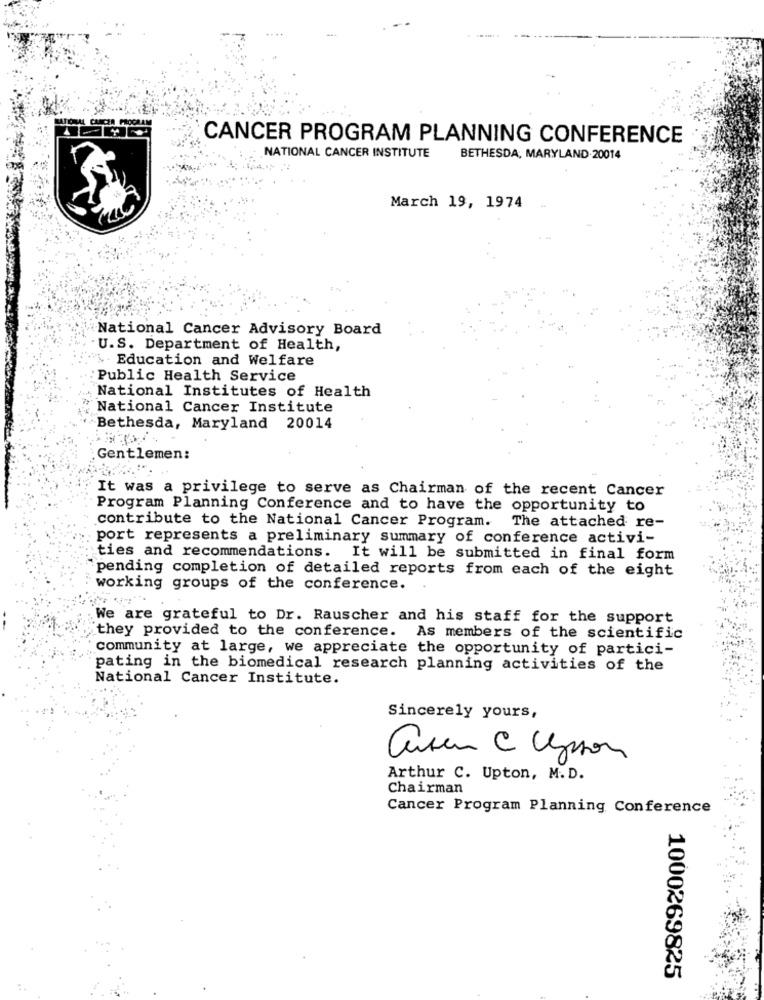
CANCER PROGRAM PLANNING CONFERENCE
NATIONAL CANCER INSTITUTE
BETHESDA, MARYLAND.20014
March 19, 1974
National Cancer Advisory Board
U.S. Department of Health,
% Education and Welfare
Public Health Service
National Institutes of Health
National Cancer Institute
Bethesda, Maryland 20014
Gentlemen:
It was a privilege to serve as Chairman of the recent Cancer
Program Planning Conference and to have the opportunity to
contribute to the National Cancer Program.
The attached re-
port represents a preliminary summary of conference activi-
ties and recommendations.
It will be submitted in final form
pending completion of detailed reports from each of the eight
working groups of the conference.
We are grateful to Dr. Rauscher and his staff for the support
they provided to the conference. As members of the scientific
community at large, we appreciate the opportunity of partici-
pating in the biomedical research planning activities of the
National Cancer Institute.
Sincerely yours,
Arthur C. Upton, M. D.
Chairman
Cancer Program Planning Conference
1000269825